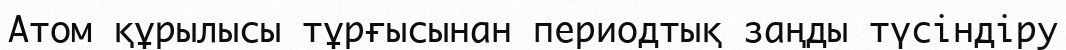
Атом құрылысы тұрғысынан периодтық заңды түсіндіру